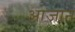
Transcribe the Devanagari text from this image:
आजान